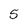
Character: 5